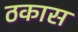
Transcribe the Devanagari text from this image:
ठकास